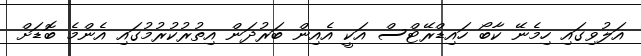
އަލުވިގައި ހިމެނޭ ކާބޯ ހައިޑްރޭޓްސް އަކީ އެއިން ބަރުދަން އިތުރުކުރުމުގައި އެންމެ ބޮޑަށް